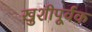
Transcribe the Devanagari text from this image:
खुशीपूर्वक